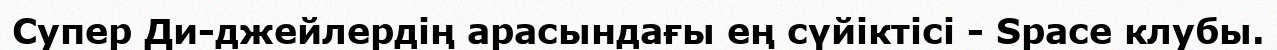
Супер Ди-джейлердің арасындағы ең сүйіктісі - Space клубы.